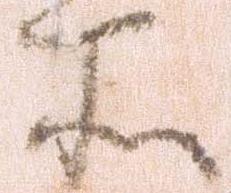
所